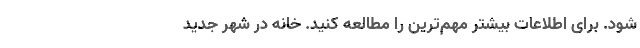
شود. برای اطلاعات بیشتر مهم‌ترین را مطالعه کنید. خانه در شهر جدید